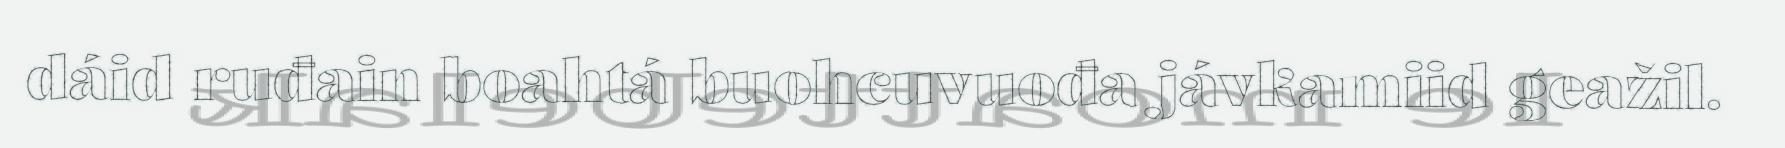
dáid ruđain boahtá buohcuvuođa jávkamiid geažil.